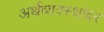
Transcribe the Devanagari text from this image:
अर्थव्यवस्थांवर